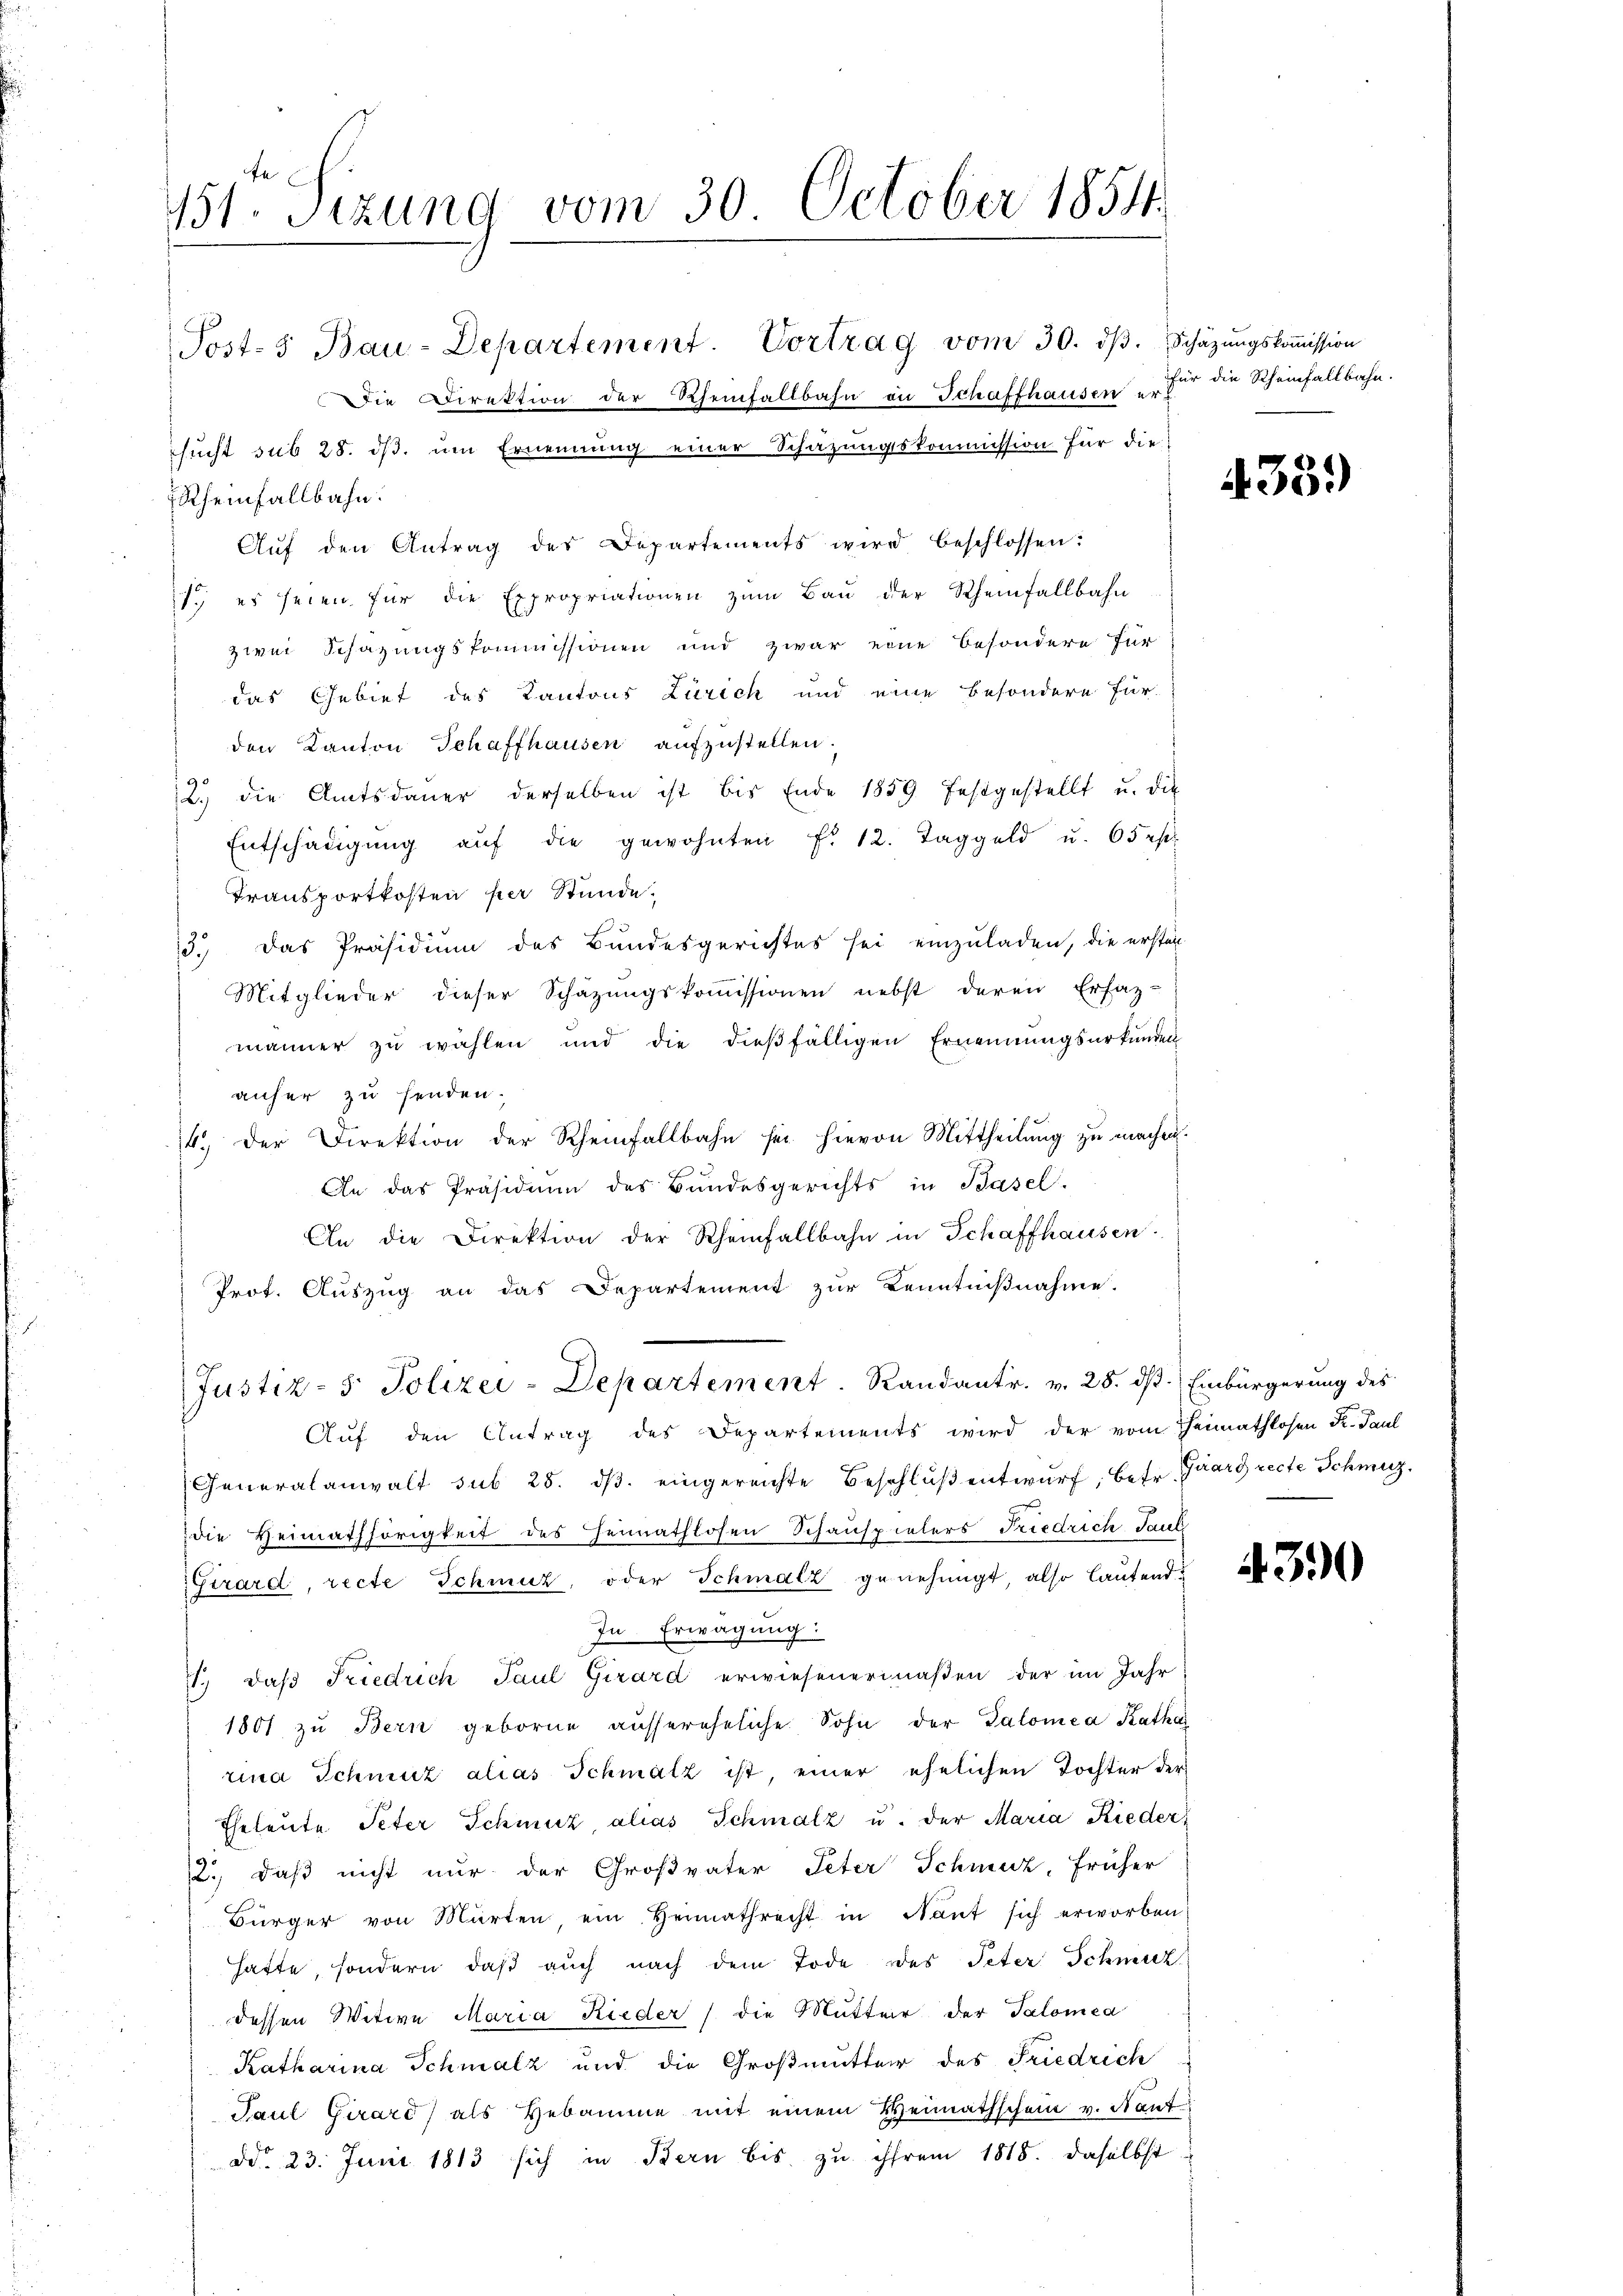
131. Sitzung vom 30. October 1854.

sucht sub 28. ds. um Ernennung einer Schazungskommission für die

Post-5 Bau-Departement. Vortrag vom 30. dβ. Schäzŭngskoṁission
die Direktion der Rheinfallbahn in Schaffhausen er
Rheinfallbahn.
Aŭf den Antrag des Departements wird beschlossen:
1. es seien für die Expropriationen zŭm Baŭ der Scheinfallbahn
zwei Schazungskommissionen und zwar eine besondere für
das Gebiet des Kantons Zürich und eine besondere für
den Kanton Schaffhausen aufzustellen.
2.) die Amtsdauer derselben ist bis Ende 1859 festgestellt u. die
Entschädigŭng aŭf die gewohnten f. 12. Taggeld u. 65 es.
Transportkosten per Stunde.
13. Das Präsidium des Bundesgerichtes sei einzuladen, die erstän-
Mitglieder dieser Schäzungskoṁissionen nebst deren Erfaz-
männer zu wählen und die dießfälligen Ernennungsurkunden
anher zu senden.
14. der Direktion der Rheinfallbahn sei hievon Mittheilŭng zŭ machen.
An das Präsidium des Bundesgerichts in Basel.
An die Direktion der Rheinfallbahn in Schaffhausen.
Prot. Auszug an das Departement zur Kenntnißnahme.
Justiz- & Polizei-Departement. Randantr. v. 28. dß. Einbürgerung des
Auf den Antrag des Departements wird der vom Heimathlosen K. Paul
Generalanwalt sub 25. dβ. eingereichte Beschlŭβ entwŭrf, betr. Guart recte Schmerzdie Heimathörigkeit des Heimathlosen Schauspielers Friedrich Paul
Girard, recte Schmutz, oder Schmalz genehmigt also lautend¬
In Erwägung:
1., daß Friedrich Paul Girard erwiesenermaßen der im Jahr
1801 zu Bern geborne aŭssereheliche Sohn der Salomea Katha
rina Schmut alias Schmalz ist, einer ehelichen Tochter der
Eheleute Peter Schmuz, alias Schmalz u. der Maria Rieder
2., daß nicht nur der Großvater Peter Schmerz, früher
Bürger von Murten, ein Heimathrecht in Nant sich erworben
hatte, sondern daβ aŭch nach dem Tode des Peter Schmut
dessen Witive Maria Rieder die Mutter der Salomea
Katharina Schmalz und die Großmutter des Friedrich
Paul Girard, als Hebamme mit einem Weimathschein v. Kant
ddo 23. Juni 1813 sich in Bern bis zu ihrem 1815. daselbst

für die Rheinfallbahn.

339)

4390